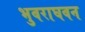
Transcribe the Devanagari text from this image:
भुवराघवन